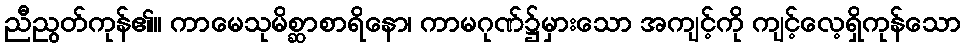
ညီညွတ်ကုန်၏။ ကာမေသုမိစ္ဆာစာရိနော၊ ကာမဂုဏ်၌မှားသော အကျင့်ကို ကျင့်လေ့ရှိကုန်သော